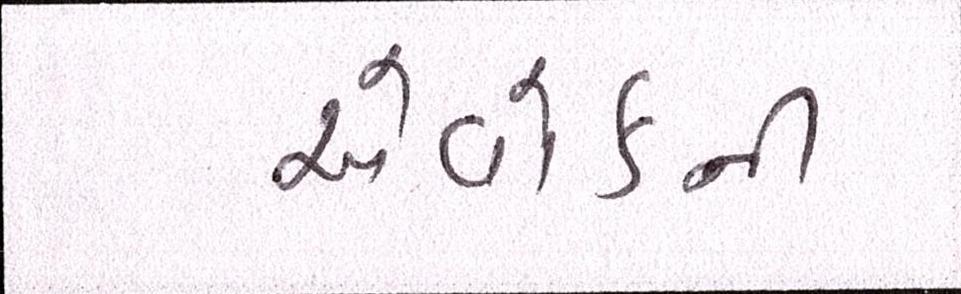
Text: એવોર્ડની